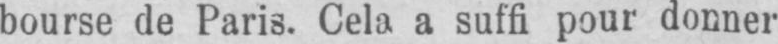
bourse de Paris. Cela a suffi pour donner